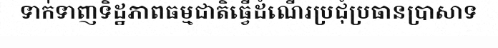
ទាក់ទាញទិដ្ឋភាពធម្មជាតិធ្វើដំណើរប្រជុំប្រធានប្រាសាទ